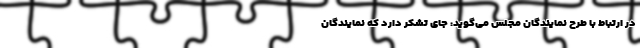
در ارتباط با طرح نمایندگان مجلس می‌گوید: جای تشکر دارد که نمایندگان